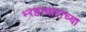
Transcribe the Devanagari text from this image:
भ्‍रष्टाचाराच्या